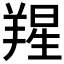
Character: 𦎬